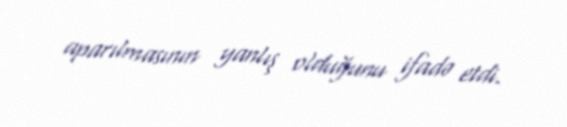
aparılmasının yanlış olduğunu ifadə etdi.